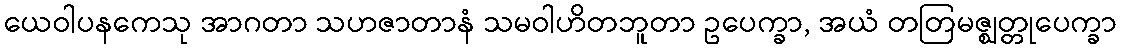
ယေဝါပနကေသု အာဂတာ သဟဇာတာနံ သမဝါဟိတဘူတာ ဥပေက္ခာ, အယံ တတြမဇ္ဈတ္တုပေက္ခာ